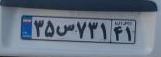
۳۵س۷۳۱۴۱